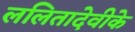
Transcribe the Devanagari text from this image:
ललितादेवीके